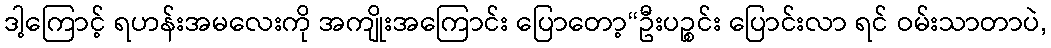
ဒါ့ကြောင့် ရဟန်းအမလေးကို အကျိုးအကြောင်း ပြောတော့“ဦးပဉ္စင်း ပြောင်းလာ ရင် ဝမ်းသာတာပဲ,